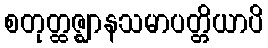
စတုတ္ထဇ္ဈာနသမာပတ္တိယာပိ